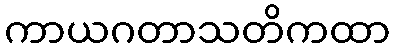
ကာယဂတာသတိကထာ